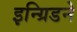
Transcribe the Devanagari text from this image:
इन्ग्रिडने